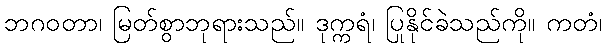
ဘဂဝတာ၊ မြတ်စွာဘုရားသည်။ ဒုက္ကရံ၊ ပြုနိုင်ခဲသည်ကို။ ကတံ၊